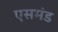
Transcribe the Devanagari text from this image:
एसमंड